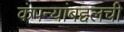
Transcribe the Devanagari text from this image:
कंपन्यांबद्दलची